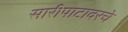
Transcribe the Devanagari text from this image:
सारीपाटावरचे